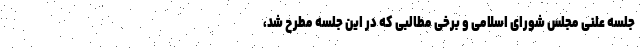
جلسه علنی مجلس شورای اسلامی و برخی مطالبی که در این جلسه مطرح شد،